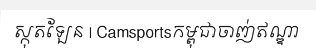
ស្កុតឡែន | Camsportsកម្ពុជាចាញ់ឥណ្ឌា